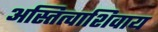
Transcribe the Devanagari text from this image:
अस्तित्वाशिवाय